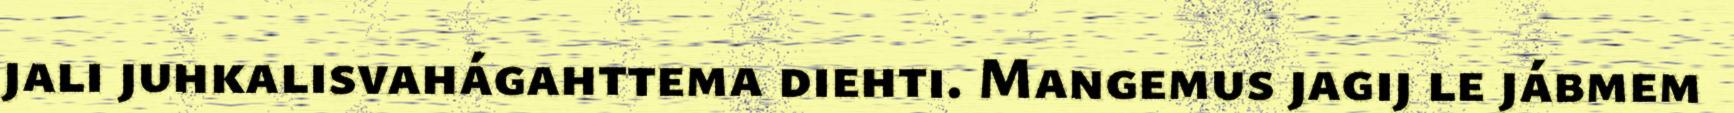
jali juhkalisvahágahttema diehti. Mangemus jagij le jábmem